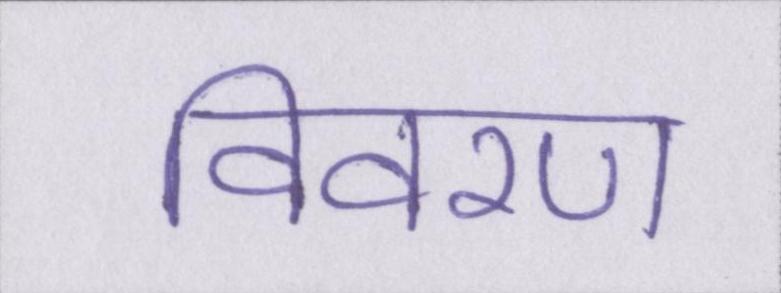
विवरण